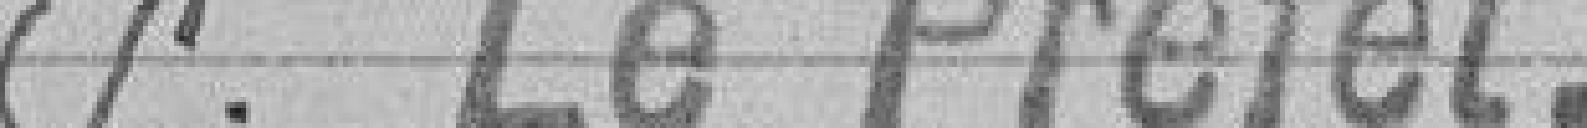
P. le Préfet